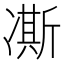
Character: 凘